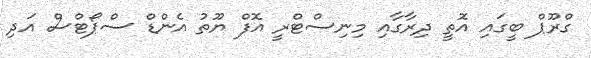
ގްރޫޕް ބީގައި އޮތީ ދިރާގާއި މިނިސްޓްރީ އޮފް ޔޫތު އެންޑް ސްޕޯޓްސް އަދި